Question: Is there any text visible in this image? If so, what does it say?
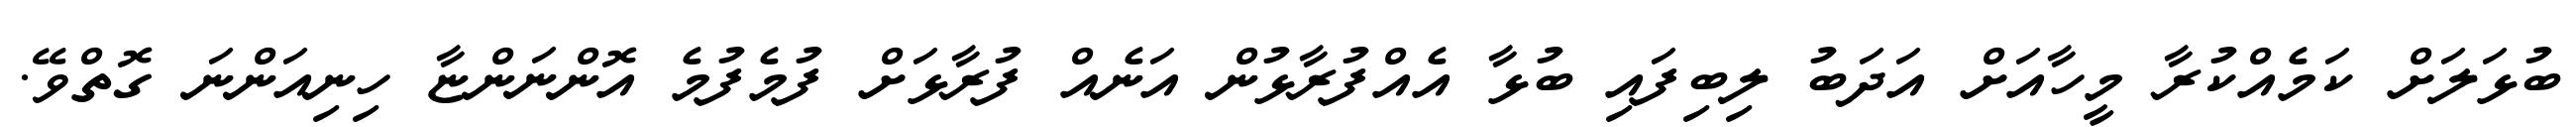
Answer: ބުޅަލަށް ކަމެއްކުރާ މީހާއަށް އަދަބު ލިބިފައި ބުޅާ އެއްފުރާޅުން އަނެއް ފުރާޅަށް ފުމެފުމެ އޮންނަންޏާ ހިނިއަންނަ ގޮތްވޭ.